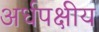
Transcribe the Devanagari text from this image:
अर्धपक्षीय